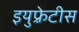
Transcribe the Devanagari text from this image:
इयुफ़्रेटीस